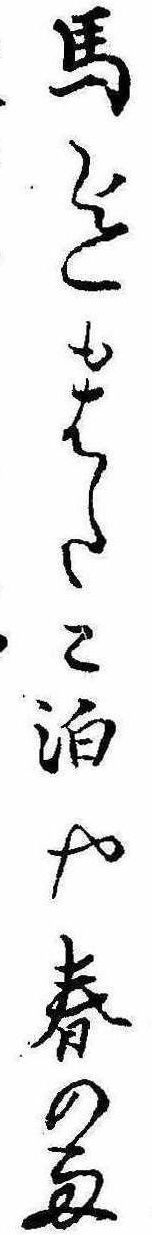
馬迄もはたこ泊や春の雨